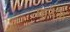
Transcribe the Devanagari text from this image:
फनेक